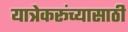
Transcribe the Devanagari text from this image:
यात्रेकरूंच्यासाठी